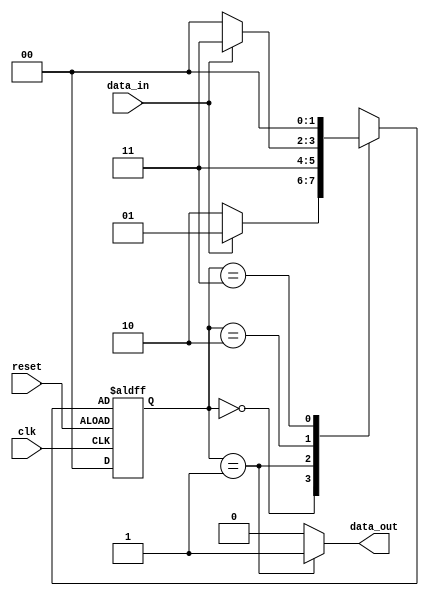
module mealy_state_machine (
    input clk,
    input reset,
    input data_in,
    output reg data_out
);

// Define states
parameter S0 = 2'b00;
parameter S1 = 2'b01;
parameter S2 = 2'b10;
parameter S3 = 2'b11;

// Define state register
reg [1:0] state_reg, next_state;

// Define output logic
always @ (posedge clk or negedge reset) begin
    if (reset)
        state_reg <= S0;
    else
        state_reg <= next_state;
end

// Define state transition logic
always @ (*) begin
    case (state_reg)
        S0: begin
            if (data_in)
                next_state = S1;
            else
                next_state = S2;
        end
        S1: begin
            next_state = S3;
        end
        S2: begin
            if (data_in)
                next_state = S3;
            else
                next_state = S0;
        end
        S3: begin
            next_state = S0;
        end
    endcase
end

// Define output generation logic
always @ (*) begin
    case (state_reg)
        S1: data_out = 1;
        default: data_out = 0;
    endcase
end

endmodule